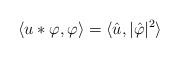
LaTeX: \begin{align*}\langle u\ast \varphi, \varphi\rangle= \langle \hat u, |\hat \varphi|^2\rangle\end{align*}